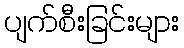
ပျက်စီးခြင်းများ